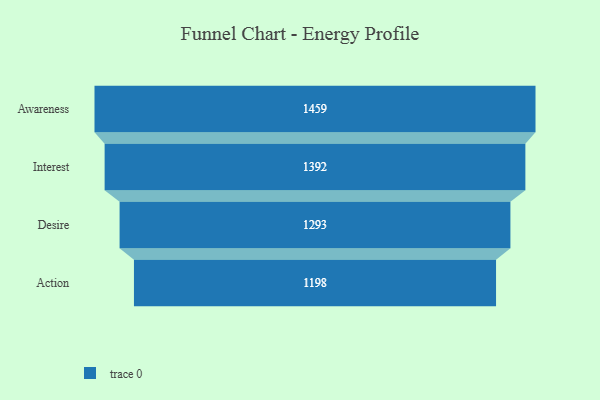
{"axis": {"x": "Stage", "y": "Value"}, "legend": [""], "data": [{"x": "Awareness", "y": 1459.0, "type": ""}, {"x": "Interest", "y": 1392.0, "type": ""}, {"x": "Desire", "y": 1293.0, "type": ""}, {"x": "Action", "y": 1198.0, "type": ""}]}